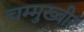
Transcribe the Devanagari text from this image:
चम्मुख्बीर